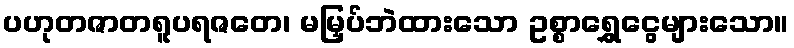
ပဟုတဇာတရူပရဇတေ၊ မမြှပ်ဘဲထားသော ဥစ္စာရွှေငွေများသော။